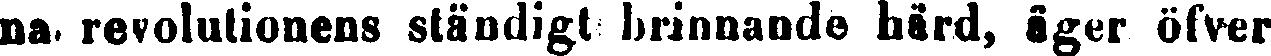
na revolutionens ständigt brinnande hård, äger öfver